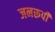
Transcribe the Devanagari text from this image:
जनरूपी